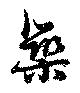
築